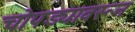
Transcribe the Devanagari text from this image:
चोपड्यावरून